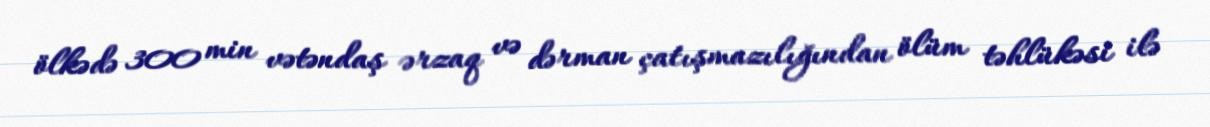
ölkədə 300 min vətəndaş ərzaq və dərman çatışmazılığından ölüm təhlükəsi ilə